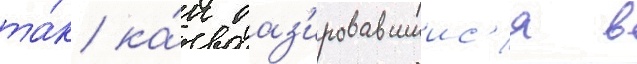
та́к ка́к баз'ировавшиис'я в